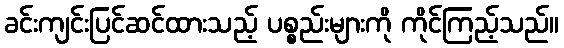
ခင်းကျင်းပြင်ဆင်ထားသည့် ပစ္စည်းများကို ကိုင်ကြည့်သည်။